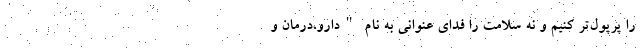
را پُرپول‌تر کنیم و نه سلامت‌ را فدای عنوانی به نام "دارو،درمان و